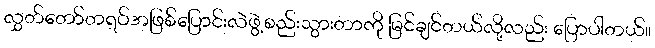
လွှတ်တော်တရပ်အဖြစ်ပြောင်းလဲဖွဲ့စည်းသွားတာကို မြင်ချင်တယ်လို့လည်း ပြောပါတယ်။